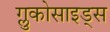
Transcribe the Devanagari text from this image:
ग्लुकोसाइड्‌स